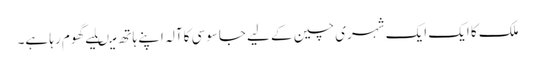
ملک کا ایک ایک شہری چین کے لیے جاسوسی کاآلہ اپنے ہاتھ میںلیے گھوم رہا ہے۔